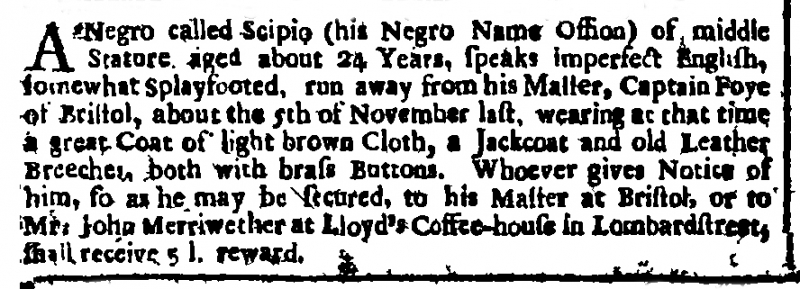
London Gazette, 17 January 1713 (England)
A Negro called Scipio (his Negro Name Ossion) of middle Stature aged about 24 Years, speaks imperfect English, somewhat Splayfooted, run away from his Master, Captain Foye of Bristol, about the 5th of November last, wearing at that time a great Coat of light brown Cloth, a Jackcoat and old Leather Breeches, both with brass Buttons. Whoever gives Notice of him, so as he may be secured, to his Master at Bristol, or to Mr. John Merriwether at Lloyd’s Coffee-house in Lombardstreet, shall receive 5 l. reward.